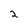
Character: 2